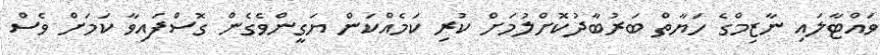
ވައްޓާލައި ނާޒިމްގެ ހަޔާތް ބަރުބާދުކޮށްލުމަށް ކުރި ކަމެއްކަން ޔަގީންވެގެން ގޮސްފައިވާ ކަމަށް ވެސް